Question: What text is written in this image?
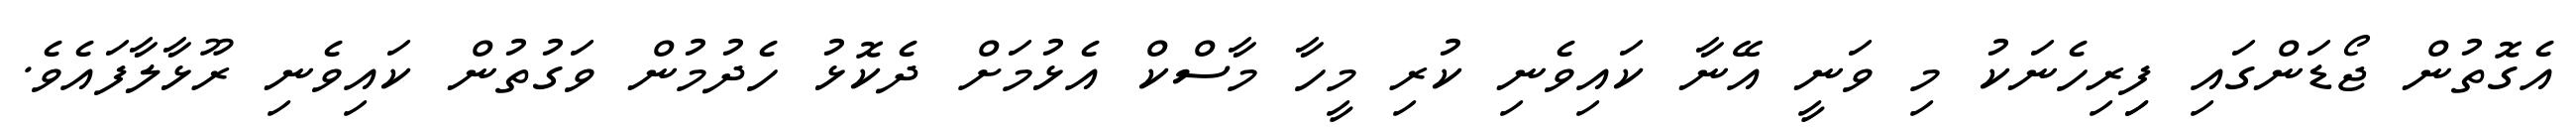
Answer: އެގޮތުން ޖޯޑަންގައި ފިިރިހެނަކު މި ވަނީ އޭނާ ކައިވެނި ކުރި މީހާ މާސްކް އެޅުމަށް ދެކޮޅު ހެދުމުން ވަގުތުން ކައިވެނި ރޫޅާލާފައެވެ.